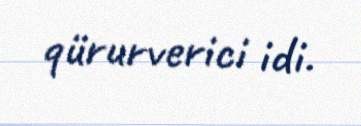
qürurverici idi.